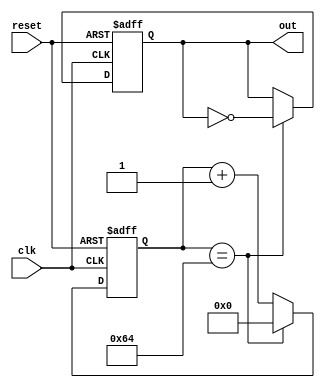

module gerador_onda_quadrada #(
  parameter WIDTH = 1 // nmero de bits para o sinal de sada
) (
  input clk, // sinal de clock
  input reset, // sinal de reset
  output reg [WIDTH-1:0] out // sinal de sada
);

reg [31:0] count; // contador de ciclos

always @(posedge clk or posedge reset) begin
  if (reset) begin
    count <= 0;
    out <= 0;
  end else begin
    count <= count + 1;
    if (count == 100) begin // perodo da onda quadrada = 100 ciclos
      count <= 0;
      out <= ~out; // alternar entre 0 e 1
    end
  end
end

endmodule